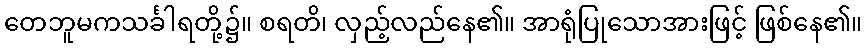
တေဘူမကသင်္ခါရတို့၌။ စရတိ၊ လှည့်လည်နေ၏။ အာရုံပြုသောအားဖြင့် ဖြစ်နေ၏။